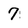
Character: 7